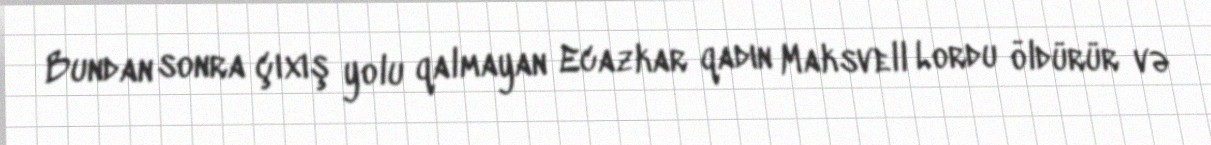
Bundan sonra çıxış yolu qalmayan Ecazkar qadın Maksvell Lordu öldürür və